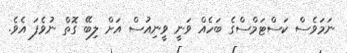
ނަމަވެސް ކަސްޓަމްސްގެ ބަހެއް ވަނީ ވީނިއުސް އަށް ލިބޭ ގޮތް ނުވެފަ އެވެ.